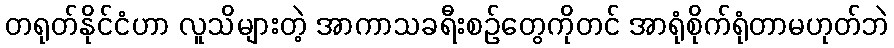
တရုတ်နိုင်ငံဟာ လူသိများတဲ့ အာကာသခရီးစဉ်တွေကိုတင် အာရုံစိုက်ရုံတာမဟုတ်ဘဲ